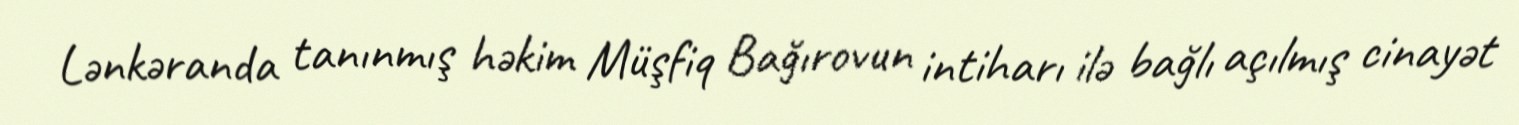
Lənkəranda tanınmış həkim Müşfiq Bağırovun intiharı ilə bağlı açılmış cinayət